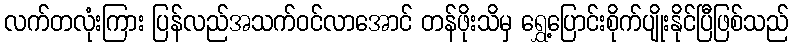
လက်တလုံးကြား ပြန်လည်အသက်ဝင်လာအောင် တန်ဖိုးသိမှ ရွှေ့ပြောင်းစိုက်ပျိုးနိုင်ပြီဖြစ်သည်